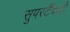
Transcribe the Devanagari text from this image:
सुपरटैंकरों